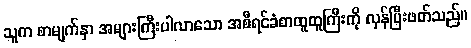
သူက စာမျက်နှာ အများကြီးပါလာသော အစီရင်ခံစာထူထူကြီးကို လှန်ပြီးဖတ်သည်။